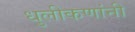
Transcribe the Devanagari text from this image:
धुलीकणांनी